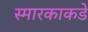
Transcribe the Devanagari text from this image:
स्मारकाकडे